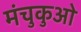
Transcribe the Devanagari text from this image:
मंचुकुओ